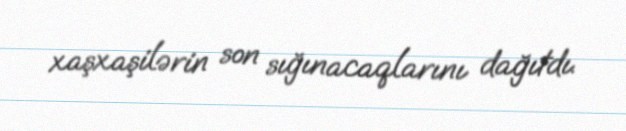
xaşxaşilərin son sığınacaqlarını dağıtdı.